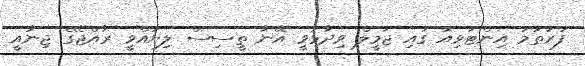
ފުރަތަމަ އިންޓަވިއު ގައި ޖަމީލް ވިދާޅުވީ އޭނާ ތީސިސް ލިޔުއްވީ ރާއްޖޭގެ ޖިނާއީ